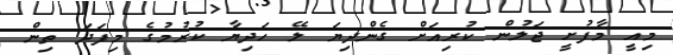
މިއީ މާފުށީ ޖަލުން ކުރިއަށް ގެންދިޔަ ލޭ ހަދިޔާ ކުރުމުގެ މިފަދަ ތިން